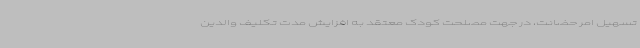
تسهیل امر حضانت، در جهت مصلحت کودک معتقد به افزایش مدت تکلیف والدین